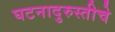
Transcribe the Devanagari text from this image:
घटनादुरुस्तीचे